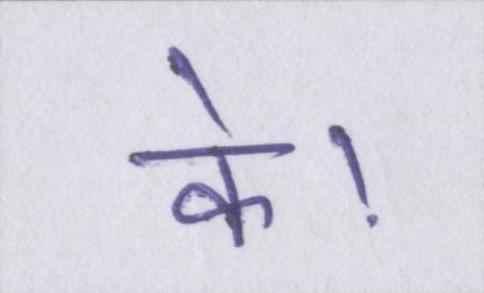
के।